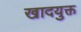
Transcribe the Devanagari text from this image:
खादयुक्त